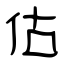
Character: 估